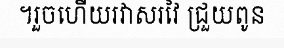
។រួចហើយរវាសរវៃ ជ្រួយពូន